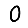
Digit: 0